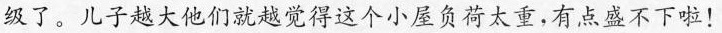
级了。儿子越大他们就越觉得这个小屋负荷太重，有点盛不下啦！